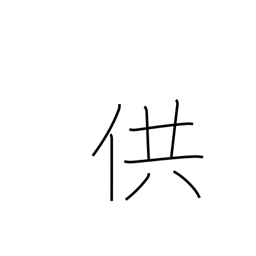
Meaning: offer